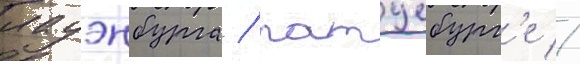
лауэнбурга / ратцебург'е //